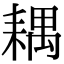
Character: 耦